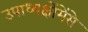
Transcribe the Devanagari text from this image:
उपाध्यक्षोंमेंसे